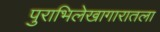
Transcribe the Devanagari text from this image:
पुराभिलेखागारातला